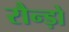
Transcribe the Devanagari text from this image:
रौन्ड़ो